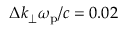
\Delta k _ { \perp } \omega _ { \mathrm { p } } / c = 0 . 0 2